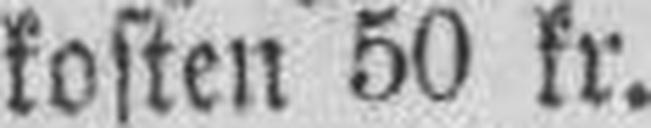
kosten 50 kr.